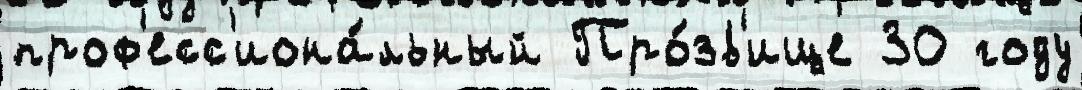
проф'есс'иона́льный Про́зв'ище 30 году